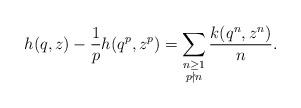
LaTeX: \begin{align*}h(q,z)-\frac1p h(q^p,z^p)=\sum_{\substack{n\geq1\\p\nmid n}}\frac{k(q^n,z^n)}{n}.\end{align*}